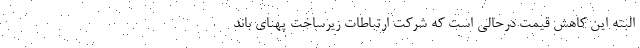
البته این کاهش قیمت درحالی است که شرکت ارتباطات زیرساخت پهنای باند